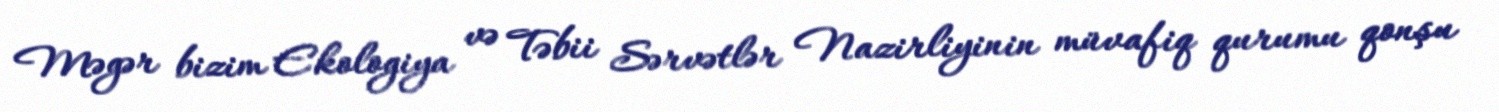
Məgər bizim Ekologiya və Təbii Sərvətlər Nazirliyinin müvafiq qurumu qonşu